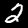
Label: 2